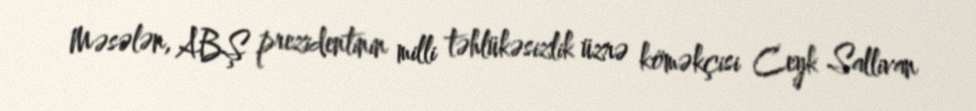
Məsələn, ABŞ prezidentinin milli təhlükəsizlik üzrə köməkçisi Ceyk Sallivan